Indian journal of veterinary science and animal husbandry - Volumes 22-23, 1952-1953
Year: 1952
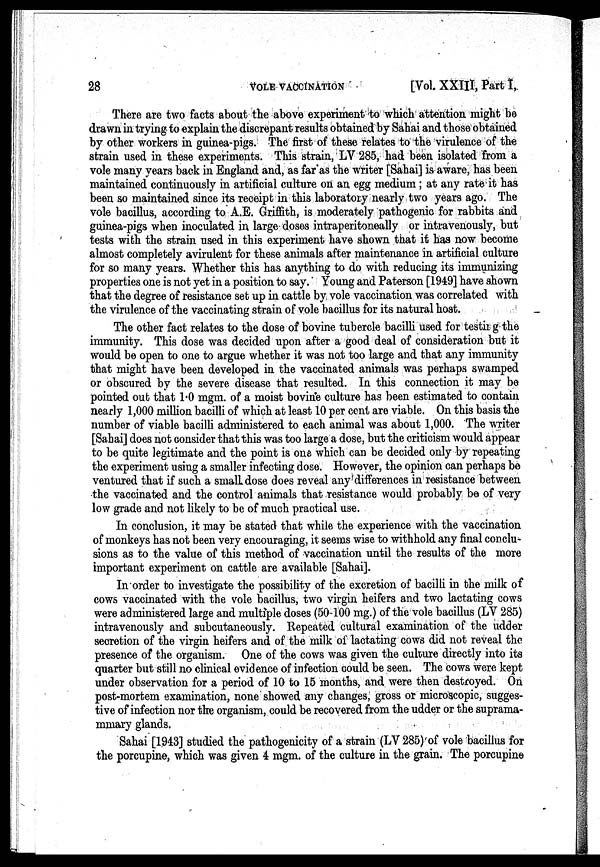
28
VOLE
VACCNATION
[Vol. XXIII, Part I,
There are two facts about the above experiment to which attention might be
drawn in trying to explain the discrepant results obtained by Sahai and those obtained
by other workers in guinea-pigs. The first of these relates to the virulence of the
strain used in these experiments. This strain, LV 285, had been isolated from a
vole many years back in England and, as far as the writer [Sahai] is aware, has been
maintained continuously in artificial culture on an egg medium; at any rate it has
been so maintained since its receipt in this laboratory nearly two years ago. The
vole bacillus, according to A.E. Griffith, is moderately pathogenic for rabbits and
guinea-pigs when inoculated in large doses intraperitoneally or intravenously, but
tests with the strain used in this experiment have shown that it has now become
almost completely avirulent for these animals after maintenance in artificial culture
for so many years. Whether this has anything to do with reducing its immunizing
properties one is not yet in a position to say. Young and Paterson [1949] have shown
that the degree of resistance set up in cattle by vole vaccination was correlated with
the virulence of the vaccinating strain of vole bacillus for its natural host.
The other fact relates to the dose of bovine tubercle bacilli used for testing the
immunity. This dose was decided upon after a good deal of consideration but it
would be open to one to argue whether it was not too large and that any immunity
that might have been developed in the vaccinated animals was perhaps swamped
or obscured by the severe disease that resulted. In this connection it may be
pointed out that 1.0 mgm. of a moist bovine culture has been estimated to contain
nearly 1,000 million bacilli of which at least 10 per cent are viable. On this basis the
number of viable bacilli administered to each animal was about 1,000. The writer
[Sahai] does not consider that this was too large a dose, but the criticism would appear
to be quite legitimate and the point is one which can be decided only by repeating
the experiment using a smaller infecting dose. However, the opinion can perhaps be
ventured that if such a small dose does reveal any differences in resistance between
the vaccinated and the control animals that resistance would probably be of very
low grade and not likely to be of much practical use.
In conclusion, it may be stated that while the experience with the vaccination
of monkeys has not been very encouraging, it seems wise to withhold any final conclu-
sions as to the value of this method of vaccination until the results of the more
important experiment on cattle are available [Sahai].
In order to investigate the possibility of the excretion of bacilli in the milk of
cows vaccinated with the vole bacillus, two virgin heifers and two lactating cows
were administered large and multiple doses (50-100 mg.) of the vole bacillus (LV 285)
intravenously and subcutaneously. Repeated cultural examination of the udder
secretion of the virgin heifers and of the milk of lactating cows did not reveal the
presence of the organism. One of the cows was given the culture directly into its
quarter but still no clinical evidence of infection could be seen. The cows were kept
under observation for a period of 10 to 15 months, and were then destroyed. On
post-mortem examination, none showed any changes, gross or microscopic, sugges-
tive of infection nor the organism, could be recovered from the udder or the suprama-
mmary glands.
Sahai [1943] studied the pathogenicity of a strain (LV 285) of vole bacillus for
the porcupine, which was given 4 mgm. of the culture in the grain. The porcupine